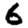
Digit: 6